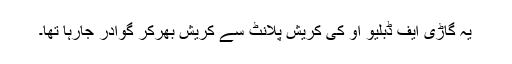
یہ گاڑی ایف ڈبلیو او کی کریش پلانٹ سے کریش بھرکر گوادر جارہا تھا۔